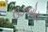
ઉઝબોય